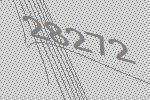
28272